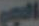
الجي